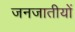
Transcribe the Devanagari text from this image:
जनजातीयों